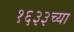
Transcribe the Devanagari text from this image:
१६३३च्या